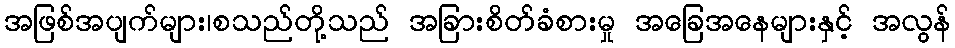
အဖြစ်အပျက်များ၊စသည်တို့သည် အခြားစိတ်ခံစားမှု အခြေအနေများနှင့် အလွန်